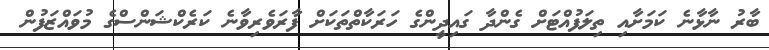
ބާރު ނާޅާނެ ކަމަށާއި ތިލަފުއްޓަށް ގެންދާ ގައިދީންގެ ހަރަކާތްތަކަށް ފާރަވެރިވާނެ ކަރެކްޝަންސްގެ މުވައްޒަފުން